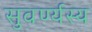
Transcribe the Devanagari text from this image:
सुवर्ण्यस्य